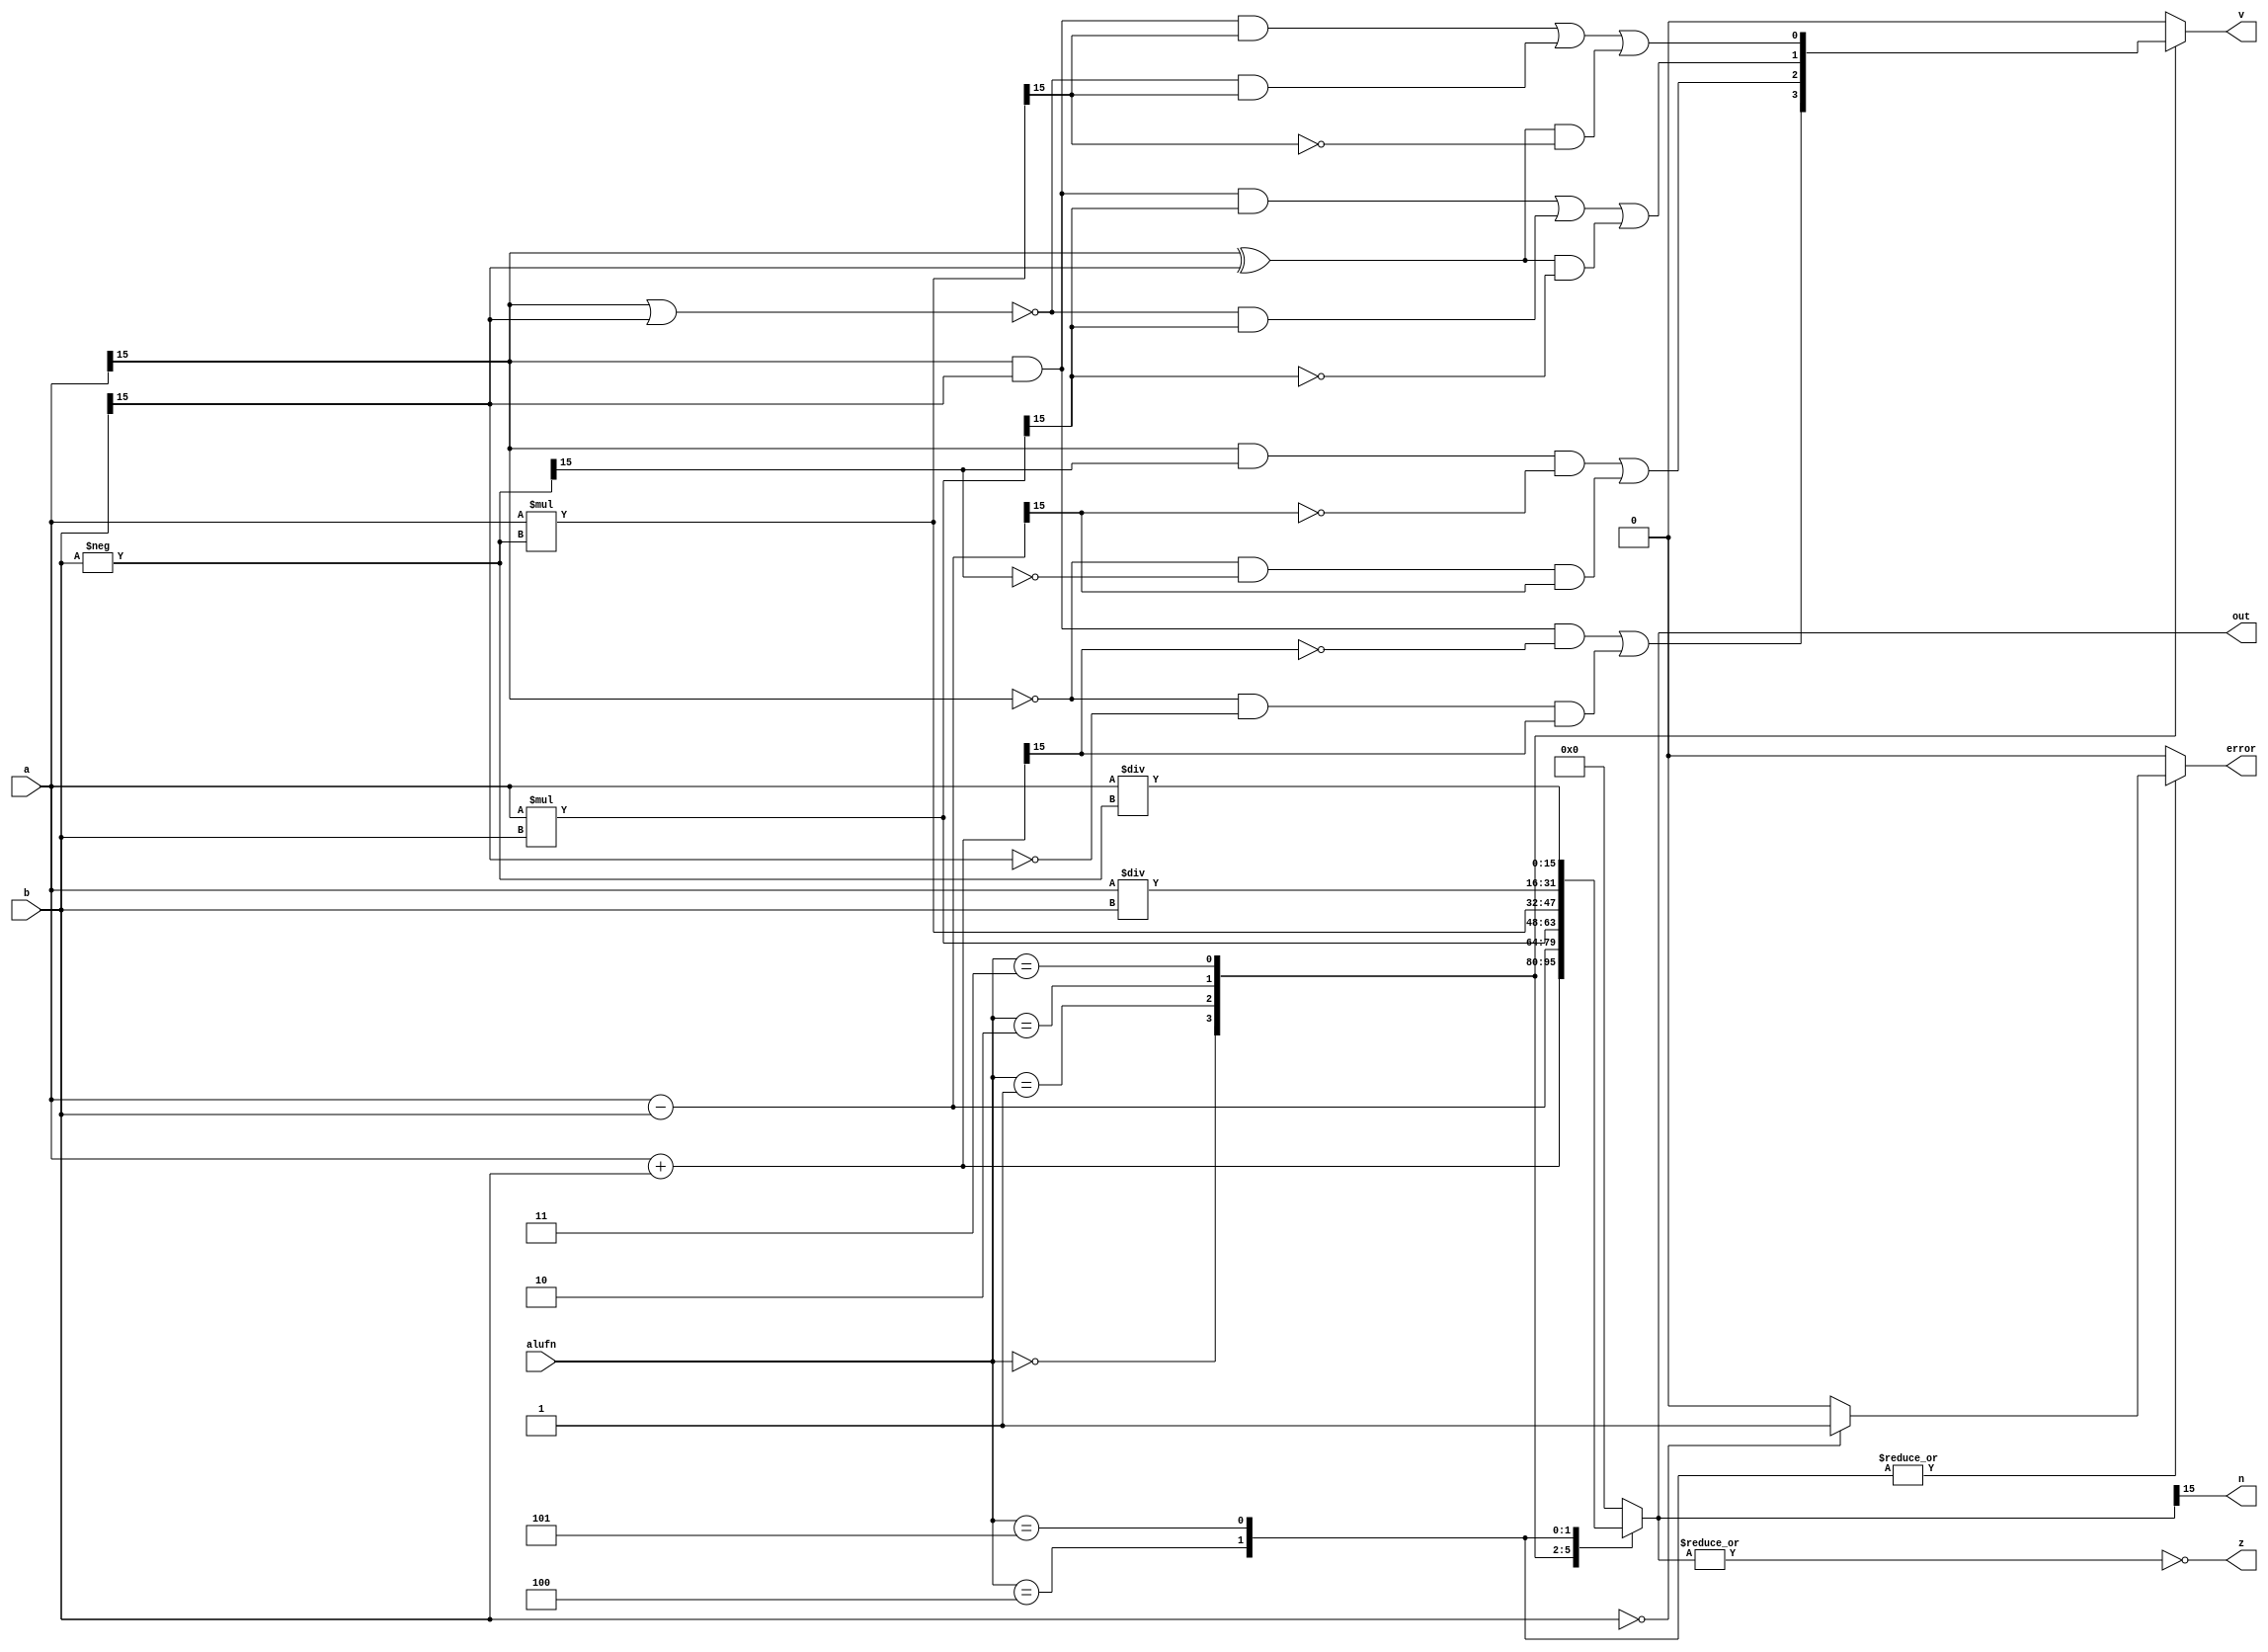
/*
   This file was generated automatically by Alchitry Labs version 1.2.7.
   Do not edit this file directly. Instead edit the original Lucid source.
   This is a temporary file and any changes made to it will be destroyed.
*/

module adder_21 (
    input [15:0] a,
    input [15:0] b,
    input [5:0] alufn,
    output reg [15:0] out,
    output reg z,
    output reg v,
    output reg n,
    output reg error
  );
  
  
  
  reg [15:0] s;
  reg o;
  
  reg [15:0] c;
  
  reg [15:0] i;
  
  always @* begin
    s = 16'h0000;
    c = 16'h0000;
    o = 1'h0;
    i = 16'h0000;
    error = 1'h0;
    
    case (alufn)
      6'h00: begin
        s = a + b;
        c = b;
        o = (a[15+0-:1] & c[15+0-:1] & ~s[15+0-:1]) | (~a[15+0-:1] & ~c[15+0-:1] & s[15+0-:1]);
      end
      6'h01: begin
        s = a - b;
        c = -b;
        o = (a[15+0-:1] & c[15+0-:1] & ~s[15+0-:1]) | (~a[15+0-:1] & ~c[15+0-:1] & s[15+0-:1]);
      end
      6'h02: begin
        s = a * b;
        o = (a[15+0-:1] & b[15+0-:1] & s[15+0-:1]) | (~(a[15+0-:1] | b[15+0-:1]) & s[15+0-:1]) | ((a[15+0-:1] ^ b[15+0-:1]) & ~s[15+0-:1]);
      end
      6'h03: begin
        s = a * (-b);
        o = (a[15+0-:1] & b[15+0-:1] & s[15+0-:1]) | (~(a[15+0-:1] | b[15+0-:1]) & s[15+0-:1]) | ((a[15+0-:1] ^ b[15+0-:1]) & ~s[15+0-:1]);
      end
      6'h04: begin
        s = a / b;
        if (b == 1'h0) begin
          error = 1'h1;
        end
        o = 1'h0;
      end
      6'h05: begin
        s = a / (-b);
        if (b == 1'h0) begin
          error = 1'h1;
        end
        o = 1'h0;
      end
    endcase
    out = s;
    v = o;
    n = s[15+0-:1];
    z = ~(|s);
  end
endmodule